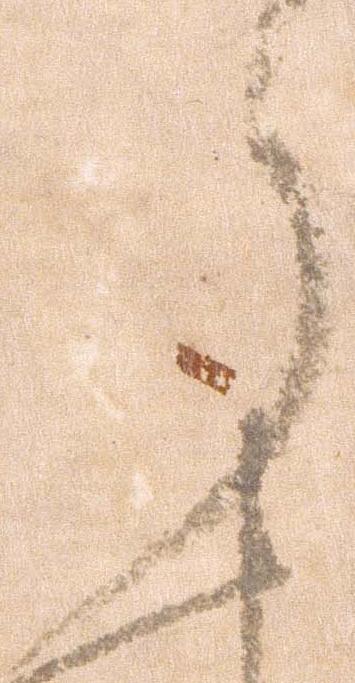
ら